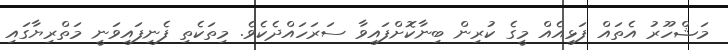
މަޝްހޫރު އެތައް ފަޅިއެއް މީގެ ކުރިން ބިނާކޮށްފައިވާ ސަރަހައްދެކެވެ. މިތަކެތި ފެނިފައިވަނީ މަތްރިޔާގައި